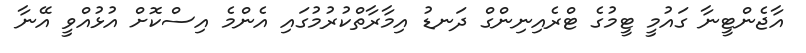
އާޖެންޓީނާ ގައުމީ ޓީމުގެ ޓްރެއިނިންގް ދަނޑު އިމާރާތްކުރުމުގައި އެންމެ އިސްކޮށް އުޅުއްވީ އޭނާ